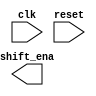
// As part of the FSM for controlling the shift register, we want the ability to enable the shift register for exactly 4 clock cycles whenever the proper bit pattern is detected. Design an FSM handles enabling the shift register for 4 cycles.

// Whenever the FSM is reset, assert shift_ena for 4 cycles, then 0 forever (until reset).

module top_module (
    input clk,
    input reset,      // Synchronous reset
    output shift_ena);

    // Insert your code here
    
endmodule